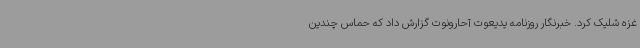
غزه شلیک کرد. خبرنگار روزنامه یدیعوت آحارونوت گزارش داد که حماس چندین